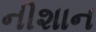
નીશાન